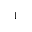
^ 1